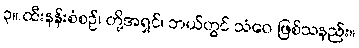
၃။ ထီးနန်းစံစဉ်၊ တို့အရှင်၊ ဘယ်တွင် သံဝေ ဖြစ်သနည်း။